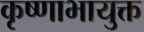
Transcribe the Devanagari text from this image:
कृष्णाभायुक्त